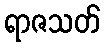
ရာဇသတ်